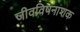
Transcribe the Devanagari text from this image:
जीवविषनाशक